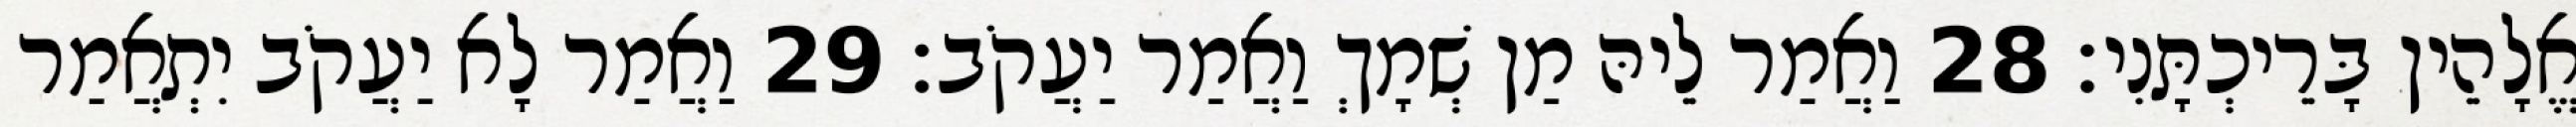
אֱלָהֵין בָּרֵיכְתָּנִי׃ 28 וַאֲמַר לֵיהּ מַן שְׁמָךְ וַאֲמַר יַעֲקֹב׃ 29 וַאֲמַר לָא יַעֲקֹב יִתְאֲמַר